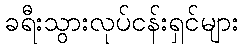
ခရီးသွားလုပ်ငန်းရှင်များ